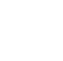
{\begin{matrix}a\ b\\[-60pt]c\ d\end{matrix}}